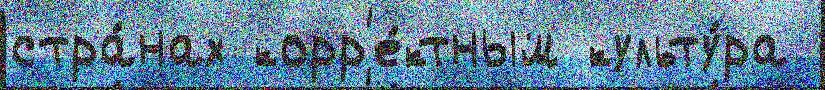
стра́нах корр'е́ктным культу́ра